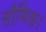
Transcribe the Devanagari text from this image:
सौमिक।